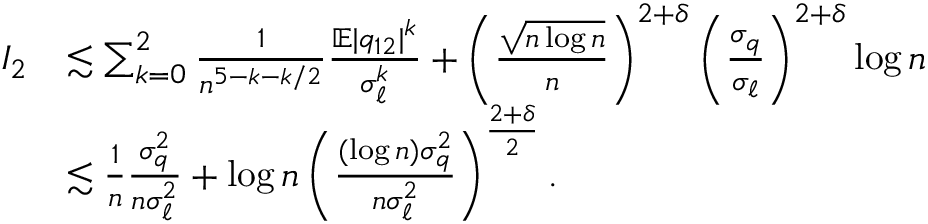
\begin{array} { r l } { I _ { 2 } } & { \lesssim \sum _ { k = 0 } ^ { 2 } \frac { 1 } { n ^ { 5 - k - k / 2 } } \frac { \mathbb { E } | q _ { 1 2 } | ^ { k } } { \sigma _ { \ell } ^ { k } } + \left( \frac { \sqrt { n \log n } } { n } \right) ^ { 2 + \delta } \left( \frac { \sigma _ { q } } { \sigma _ { \ell } } \right) ^ { 2 + \delta } \log n } \\ & { \lesssim \frac { 1 } { n } \frac { \sigma _ { q } ^ { 2 } } { n \sigma _ { \ell } ^ { 2 } } + \log n \left( \frac { ( \log n ) \sigma _ { q } ^ { 2 } } { n \sigma _ { \ell } ^ { 2 } } \right) ^ { \frac { 2 + \delta } { 2 } } . } \end{array}